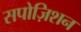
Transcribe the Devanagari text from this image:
सपोज़िशन